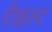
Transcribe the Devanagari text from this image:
रीझल्ट